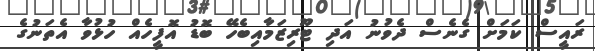
ރައީސް ކަމަށް ގެނެސް ދެވުނު އަދި ޓޫރިޒަމާއިބެހޭ ބޮޑު އޮފީހެއް ހުޅުވާ އެތަނުގެ